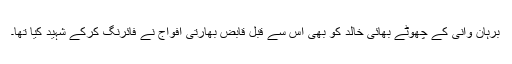
برہان وانی کے چھوٹے بھائی خالد کو بھی اس سے قبل قابض بھارتی افواج نے فائرنگ کرکے شہید کیا تھا۔